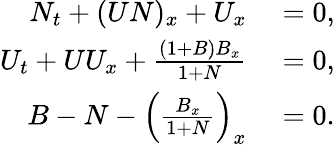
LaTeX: \begin{array}{rl}{N_{t}+(UN)_{x}+U_{x}}&{{}=0,}\\ {U_{t}+UU_{x}+\frac{(1+B)B_{x}}{1+N}}&{{}=0,}\\ {B-N-\left(\frac{B_{x}}{1+N}\right)_{x}}&{{}=0.}\end{array}